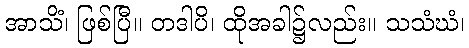
အာသိံ၊ ဖြစ်ပြီ။ တဒါပိ၊ ထိုအခါ၌လည်း။ သသံဃံ၊